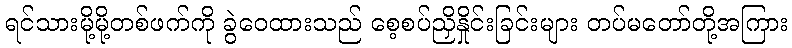
ရင်သားမို့မို့တစ်ဖက်ကို ခွဲဝေထားသည် စေ့စပ်ညှိနှိုင်းခြင်းများ တပ်မတော်တို့အကြား